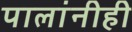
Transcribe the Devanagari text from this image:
पालांनीही